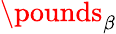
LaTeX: \pounds_{\beta}